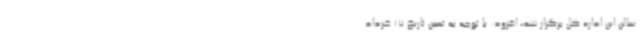
سالن این اداره کل برگزار شد، افزود: با توجه به تعیین تاریخ 17 خرداد